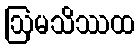
ဩမသိဿထ